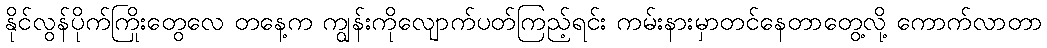
နိုင်လွန်ပိုက်ကြိုးတွေလေ တနေ့က ကျွန်းကိုလျောက်ပတ်ကြည့်ရင်း ကမ်းနားမှာတင်နေတာတွေ့လို့ ကောက်လာတာ